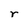
Character: r